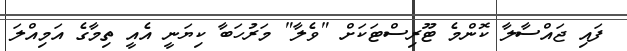
ފައި ޖައްސާލާ ކޮންމެ ޓޫރިސްޓަކަށް "ވެލާ" މަރުހަބާ ކިޔަނީ އެއީ ތިމާގެ އަމިއްލަ